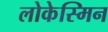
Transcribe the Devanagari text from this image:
लोकेस्मिन